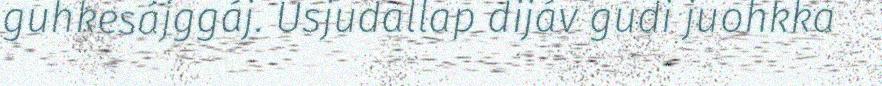
guhkesájggáj. Usjudallap dijáv gudi juohkka